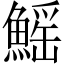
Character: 鰩